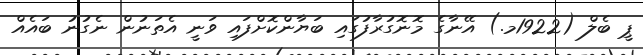
ޕީ ބެލް (1922މ.) އޭނާގެ މޮނޮގުރާފުގައި ބަޔާންކޮށްފައި ވަނީ އެތަނުން ނެގުނު ބައެއް